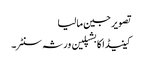
تصویر جین مالیا
کینیڈا کا بشپلین ورثہ سنٹر۔